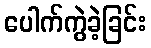
ပေါက်ကွဲခဲ့ခြင်း